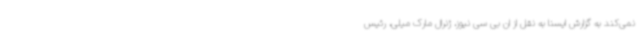
نمی‌کند به گزارش ایسنا به نقل از ان بی سی نیوز، ژنرال مارک میلی، رئیس